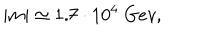
LaTeX: | m | \simeq 1 . 7 \cdot 1 0 ^ { 4 } \; G e v ,